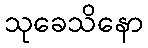
သုခေသိနော